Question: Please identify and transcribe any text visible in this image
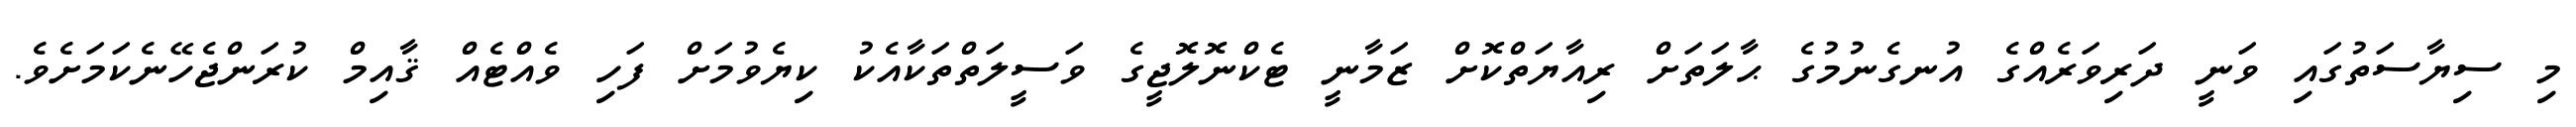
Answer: މި ސިޔާސަތުގައި ވަނީ ދަރިވަރެއްގެ އުނގެނުމުގެ ޙާލަތަށް ރިއާޔަތްކޮށް ޒަމާނީ ޓެކްނޮލޮޖީގެ ވަސީލަތްތަކާއެކު ކިޔެވުމަށް ފަހި ވެއްޓެއް ޤާއިމް ކުރަންޖެހޭނެކަމަށެވެ.